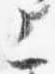
上